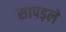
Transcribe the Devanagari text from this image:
सापड़ले